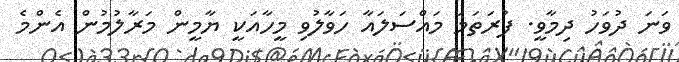
ވަނަ ދުވަހު ދިމާވީ. ފުރަތަމަ މައްސަލައާ ހަވާލުވި މީހާއަކީ ޔާމީން މަރާލުމުން އެންމެ